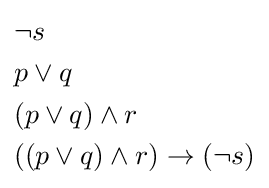
{\begin{aligned}&\neg s\\&p\lor q\\&(p\lor q)\land r\\&((p\lor q)\land r)\to (\neg s)\end{aligned}}